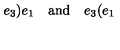
e _ { 3 } \mathbf { ) } e _ { 1 } \quad \mathrm { a n d } \quad e _ { 3 } \mathbf { ( } e _ { 1 }